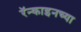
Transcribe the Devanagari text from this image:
रॅन्काइनच्या